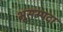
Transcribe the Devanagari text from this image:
भूसम्पदा